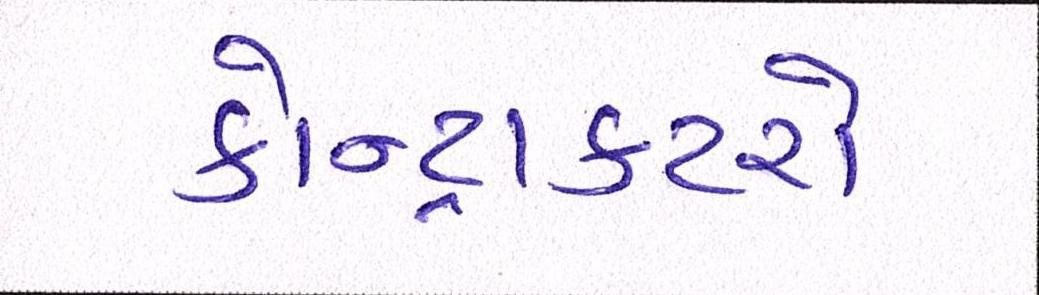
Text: કોન્ટ્રાક્ટરો